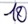
Text: 10